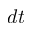
d t